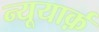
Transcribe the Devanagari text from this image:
न्यूयार्क़